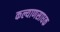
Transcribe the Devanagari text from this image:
कल्याणसाधक